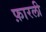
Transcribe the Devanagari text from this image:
फ़ारली